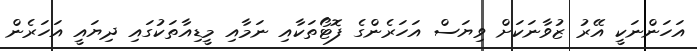
އަހަންނަކީ އޭރު ޒުވާނަކަށް ވިޔަސް އަހަރެންގެ ފޮޓޯތަކާއި ނަމާއި މީޑިއާތަކުގައި ދިޔައީ އަހަރެން